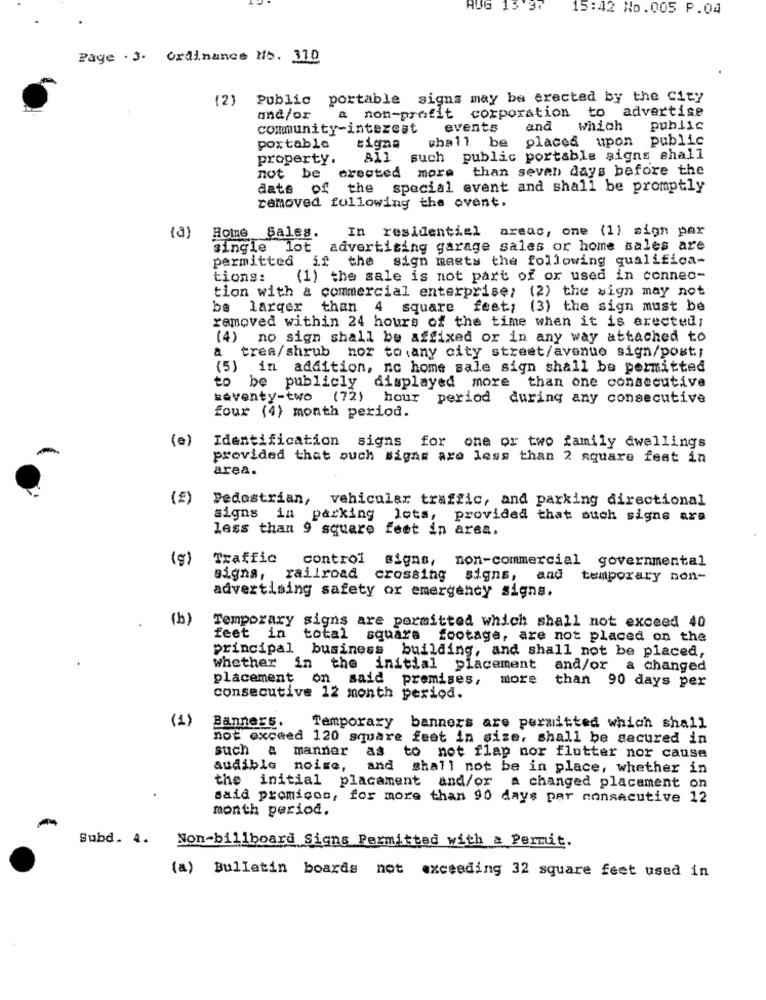
AUG 13:37
15:42 No.005 P.04
Page . 3. Ordinance Nb. 310
(2) Public portable signs may be erected by the City
& non-profit corporation to advertise
and/or
community-interest
events
and
which
public
shall be placed upon public
portabla
tigna
property.
All such public portable signs shall
than seven days before the
not be erected more
dats of the special event and shall be promptly
removed following the event.
(a)
In residential areas, one (1) sign par
Home Sales.
single lot advertising garage sales or home sales are
permitted if the sign meets the following qualifica-
tions:
(1) the sale is not part of or used in connec-
tion with & commercial enterprise; (2) the sign may not
be larger
than 4 square feet; (3) the sign must be
removed within 24 hours of the time when it is erected;
(4) no sign shall be affixed or in any way attached to
a tree/shrub nor to any city street/avenue sign/post;
(5) in addition, nc home sale sign shall be permitted
to be publicly displayed more than one consecutive
seventy-two (72) hour period during any consecutive
four (4) month period.
(e)
Identification
signs
for one or two family dwellings
-
provided that such signs are less than 2 square feet in
area.
(E)
Pedestrian, vehicular traffic, and parking directional
signs in parking lots, provided that such signs are
less than 9 square feet in area.
(g)
Traffic
control signs, non-commercial governmental
signs, railroad crossing signs, and temporary non-
advertising safety or emergency signs.
(b)
Temporary signs are permitted which shall not exceed 40
.
feet in total square footage, are not placed on the
principal business building, and shall not be placed,
whether in the initial placement and/or a changed
placement on said premises,
more
than 90 days per
consecutive 12 month period.
(1)
Banners.
Temporary
banners are permitted which shall
not exceed 120 square feet in size, shall be secured in
such a manner as
to not flap nor flutter nor cause
audible noise, and shall not be in place, whether in
the initial placament and/or a changed placement on
said promicos, for more than 90 days per consecutive 12
month period.
Subd. 4.
Non-billboard Signs Permitted with a Permit.
(a) Bulletin boards not exceeding 32 square feet used in